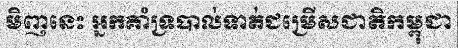
មិញនេះ អ្នកគាំទ្របាល់ទាត់ជម្រើសជាតិកម្ពុជា